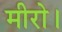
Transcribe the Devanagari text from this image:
मीरो।